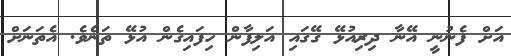
އަށް ފެނުނީ އޭނާ ދިރިއުޅޭ ގޭގައި އަލިފާން ހިފައިގެން އުޅޭ ތަނެވެ. އެތަނަށް